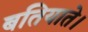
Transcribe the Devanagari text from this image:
बतियाते।